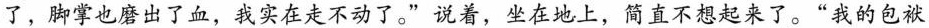
了，脚掌也磨出了血，我实在走不动了。”说着，坐在地上，简直不想起来了。”我的包袱